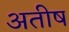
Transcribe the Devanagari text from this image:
अतीष